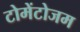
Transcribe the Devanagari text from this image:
टोमेंटोजम